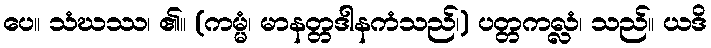
ပေ။ သံဃဿ၊ ၏။ (ကမ္မံ၊ မာနတ္တဒါနကံသည်၊) ပတ္တကလ္လံ၊ သည်။ ယဒိ